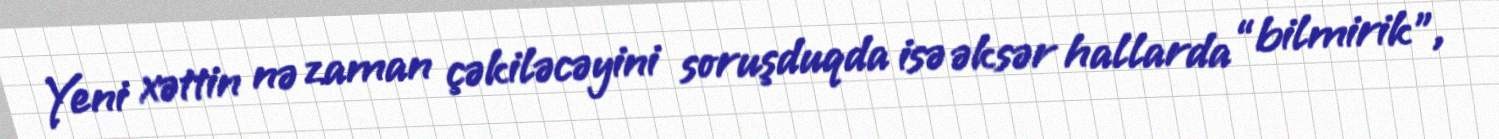
Yeni xəttin nə zaman çəkiləcəyini soruşduqda isə əksər hallarda “bilmirik”,